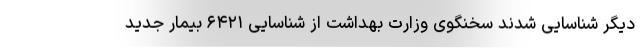
دیگر شناسایی شدند سخنگوی وزارت بهداشت از شناسایی ۶۴۲۱ بیمار جدید